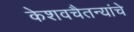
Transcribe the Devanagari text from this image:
केशवचैतन्यांचे